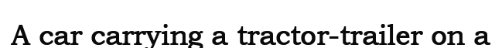
A car carrying a tractor-trailer on a